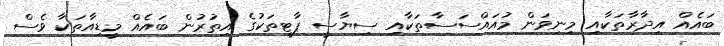
ބައެއް އިދާރާތަކާއި މިނިވަން މުއައްސަސާތަކާއި ސިޔާސީ ޕާޓީތަކުގެ އިތުރުން ބައެއް މީޑިއާތަކާ ވެސް